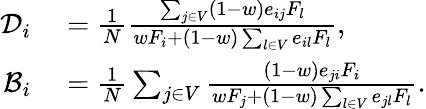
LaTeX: \begin{array}{rl}{\mathcal{D}_{i}}&{{}=\frac{1}{N}\frac{\sum_{j\in V}(1-w)e_{ij}F_{l}}{wF_{i}+(1-w)\sum_{l\in V}e_{il}F_{l}},}\\ {\mathcal{B}_{i}}&{{}=\frac{1}{N}\sum_{j\in V}\frac{(1-w)e_{ji}F_{i}}{wF_{j}+(1-w)\sum_{l\in V}e_{jl}F_{l}}.}\end{array}